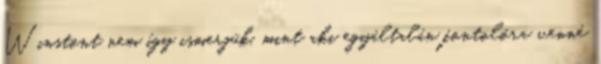
Winstont nem így ismerjük, mint aki egyáltalán fontolóra venné